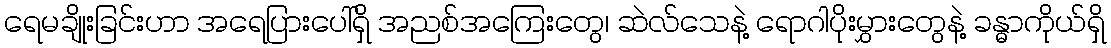
ရေမချိုးခြင်းဟာ အရေပြားပေါ်ရှိ အညစ်အကြေးတွေ၊ ဆဲလ်သေနဲ့ ရောဂါပိုးမွှားတွေနဲ့ ခန္ဓာကိုယ်ရှိ